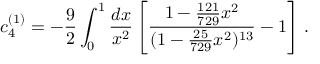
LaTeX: c _ { 4 } ^ { ( 1 ) } = - \frac { 9 } { 2 } \int _ { 0 } ^ { 1 } \frac { d x } { x ^ { 2 } } \left[ \frac { 1 - \frac { 1 2 1 } { 7 2 9 } x ^ { 2 } } { ( 1 - \frac { 2 5 } { 7 2 9 } x ^ { 2 } ) ^ { 1 3 } } - 1 \right] \, .